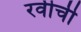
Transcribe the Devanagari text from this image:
रवीची